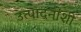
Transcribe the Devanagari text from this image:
उत्पादनांशी